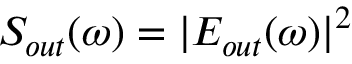
S _ { o u t } ( \omega ) = | E _ { o u t } ( \omega ) | ^ { 2 }